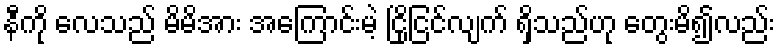
နီကို လေသည် မိမိအား အကြောင်းမဲ့ ငြိုငြင်လျက် ရှိသည်ဟု တွေးမိ၍လည်း